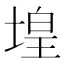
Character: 堭